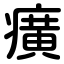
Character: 癀